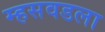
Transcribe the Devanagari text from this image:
म्हसवडला